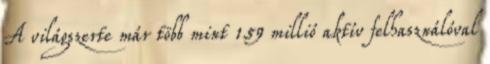
A világszerte már több mint 159 millió aktív felhasználóval